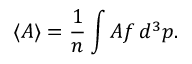
\langle A \rangle = { \frac { 1 } { n } } \int A f \, d ^ { 3 } p .